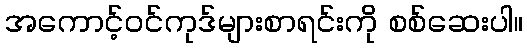
အကောင့်ဝင်ကုဒ်များစာရင်းကို စစ်ဆေးပါ။